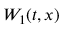
W _ { 1 } ( t , x )